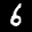
Label: 6